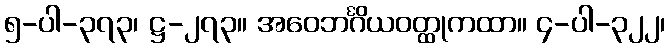
၅-ပါ-၃၇၃၊ ဋ္ဌ-၂၇၃။ အဝေဘင်္ဂိယဝတ္ထုကထာ။ ၄-ပါ-၃၂၂၊